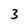
Character: 3